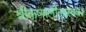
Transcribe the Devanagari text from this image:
श्रीकृष्णलीलास्तव।